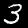
Label: 3